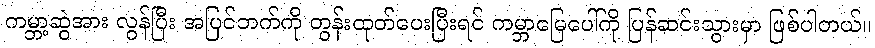
ကမ္ဘာ့ဆွဲအား လွန်ပြီး အပြင်ဘက်ကို တွန်းထုတ်ပေးပြီးရင် ကမ္ဘာမြေပေါ်ကို ပြန်ဆင်းသွားမှာ ဖြစ်ပါတယ်။